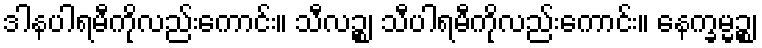
ဒါနပါရမီကိုလည်းကောင်း။ သီလဉ္စ၊ သီပါရမီကိုလည်းကောင်း။ နေက္ခမ္မဉ္စ၊